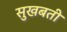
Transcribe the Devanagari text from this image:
सुखबती